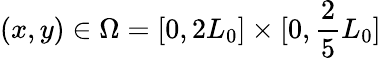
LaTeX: (x,y)\in\Omega=[0,2L_{0}]\times[0,\frac 25L_{0}]